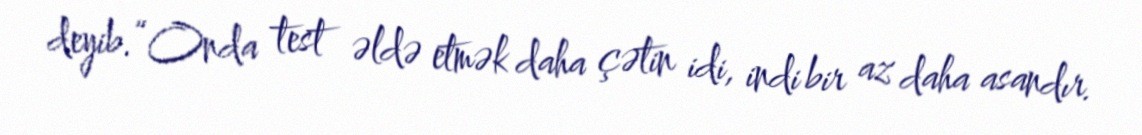
deyib.“Onda test əldə etmək daha çətin idi, indi bir az daha asandır.